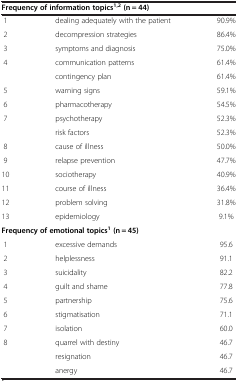
| <COLSPAN=3> Frequency of information topics1,2 (n = 44) |
 | --- | --- | --- |
 | 1 | dealing adequately with the patient | 90.9% |
 | 2 | decompression strategies | 86.4% |
 | 3 | symptoms and diagnosis | 75.0% |
 | 4 | communication patterns | 61.4% |
 |  | contingency plan | 61.4% |
 | 5 | warning signs | 59.1% |
 | 6 | pharmacotherapy | 54.5% |
 | 7 | psychotherapy | 52.3% |
 |  | risk factors | 52.3% |
 | 8 | cause of illness | 50.0% |
 | 9 | relapse prevention | 47.7% |
 | 10 | sociotherapy | 40.9% |
 | 11 | course of illness | 36.4% |
 | 12 | problem solving | 31.8% |
 | 13 | epidemiology | 9.1% |
 | <COLSPAN=3> Frequency of emotional topics1 (n = 45) |
 | 1 | excessive demands | 95.6 |
 | 2 | helplessness | 91.1 |
 | 3 | suicidality | 82.2 |
 | 4 | guilt and shame | 77.8 |
 | 5 | partnership | 75.6 |
 | 6 | stigmatisation | 71.1 |
 | 7 | isolation | 60.0 |
 | 8 | quarrel with destiny | 46.7 |
 |  | resignation | 46.7 |
 |  | anergy | 46.7 |